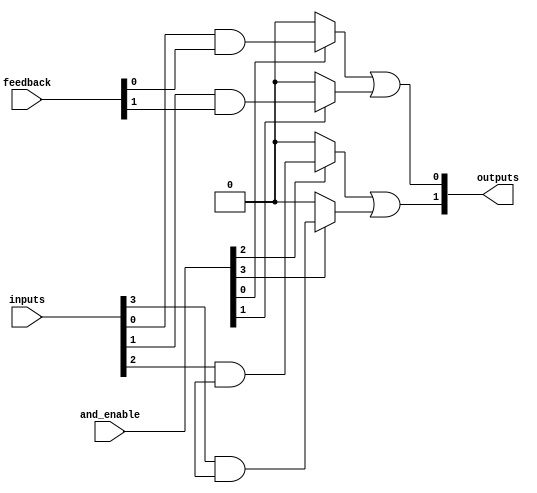
module HS_PAL
#(
    parameter N_INPUTS = 8,        // Number of inputs
    parameter N_AND_GATES = 4,     // Number of programmable AND gates
    parameter N_OUTPUTS = 2         // Number of outputs
)
(
    input wire [N_INPUTS-1:0] inputs,      // Input signals
    input wire [N_OUTPUTS-1:0] feedback,    // Feedback from outputs
    input wire [N_AND_GATES-1:0] and_enable, // Configuration control for AND gates
    output wire [N_OUTPUTS-1:0] outputs      // Output signals
);
    // Intermediate signals for product terms from AND gates
    wire [N_AND_GATES-1:0] and_terms;

    // Programmable AND gates
    genvar i;
    generate
        for (i = 0; i < N_AND_GATES; i = i + 1) begin : programmable_and
            wire and_input;
            // AND gate logic: AND gate is enabled based on configuration
            // You can customize this logic for each gate as per your requirements
            assign and_input = (and_enable[i]) ? inputs[i] & feedback[i] : 1'b0;
            assign and_terms[i] = and_input;
        end
    endgenerate

    // Fixed OR gates combining the outputs of AND gates
    assign outputs[0] = or_gate(and_terms[0], and_terms[1]); // Connect and_terms to OR inputs
    assign outputs[1] = or_gate(and_terms[2], and_terms[3]);

    // Function to perform a simple OR operation
    function or_gate(input wire a, input wire b);
        begin
            or_gate = a | b;
        end
    endfunction

endmodule